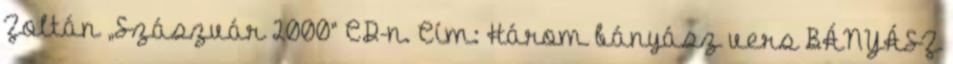
Zoltán „Szászvár 2000” CD-n. Cím: Három bányász vers BÁNYÁSZ